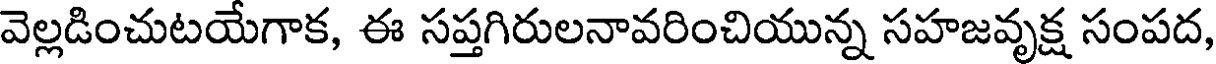
వెల్లడించుటయేగాక, ఈ సప్తగిరులనావరించియున్న సహజవృక్ష సంపద,